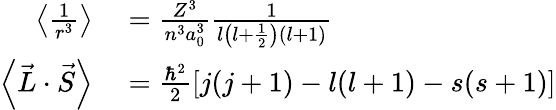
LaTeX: \begin{array}{rl}{\left\langle{\frac{1}{r^{3}}}\right\rangle}&{{}={\frac{Z^{3}}{n^{3}a_{0}^{3}}}{\frac{1}{l\left(l+{\frac{1}{2}}\right)(l+1)}}}\\ {\left\langle{\vec{L}}\cdot{\vec{S}}\right\rangle}&{{}={\frac{\hbar^{2}}{2}}[j(j+1)-l(l+1)-s(s+1)]}\end{array}